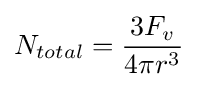
N_{total}={\frac {3F_{v}}{4\pi r^{3}}}